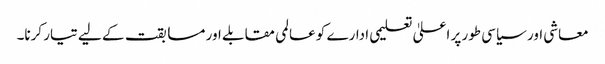
معاشی اور سیاسی طور پر اعلیٰ تعلیمی ادارے کو عالمی مقابلے اور مسابقت کے لیے تیار کرنا۔